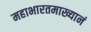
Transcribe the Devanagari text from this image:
महाभारतमाख्यानं